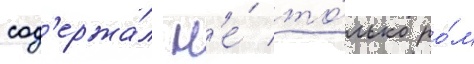
сод'ержа́л н'е́ то́лько ро́м